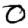
Digit: 0